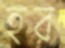
হর